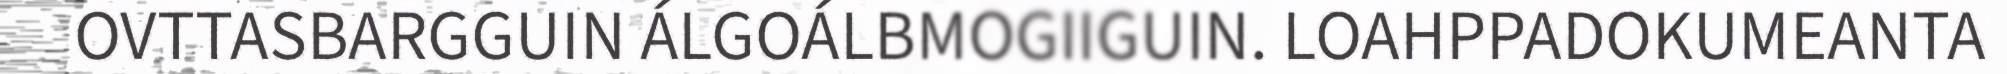
OVTTASBARGGUIN ÁLGOÁLBMOGIIGUIN. LOAHPPADOKUMEANTA